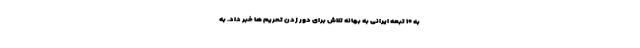
به ۱۰ تبعه ایرانی به بهانه تلاش برای دور زدن تحریم ها خبر داد. به